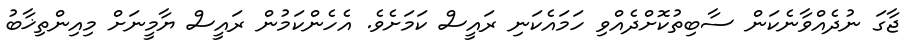
ޖާގަ ނުދެއްވާނެކަން ސާބިތުކޮށްދެއްވި ހަމައެކަނި ރައީސް ކަމަށެވެ. އެހެންކަމުން ރައީސް ޔާމީނަށް މިއިންތިޚާބު